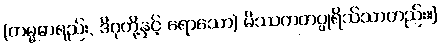
(ကမ္မဓာရည်း, ဒိဂုတို့နှင့် ရောသော) မိဿကတပ္ပုရိသ်သာတည်း။]